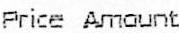
PRICE AMOUNT